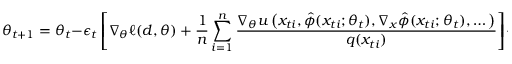
\theta _ { t + 1 } = \theta _ { t } - \epsilon _ { t } \left[ \nabla _ { \theta } \ell ( d , \theta ) + \frac { 1 } { n } \sum _ { i = 1 } ^ { n } \frac { \nabla _ { \theta } u \left( x _ { t i } , \hat { \phi } ( x _ { t i } ; \theta _ { t } ) , \nabla _ { x } \hat { \phi } ( x _ { t i } ; \theta _ { t } ) , \dots \right) } { q ( x _ { t i } ) } \right] + \eta _ { t } ,